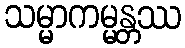
သမ္မာကမ္မန္တဿ